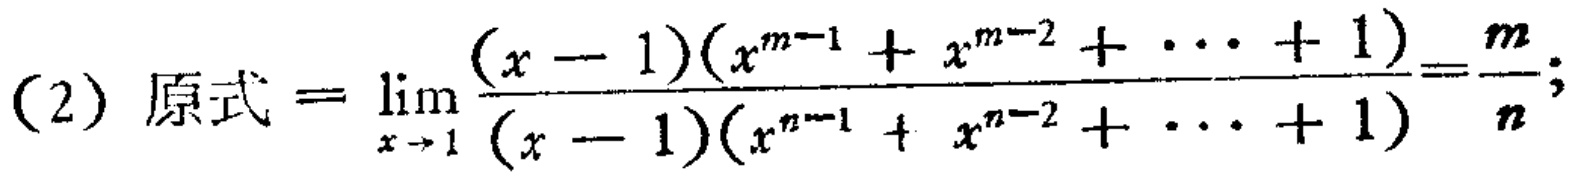
(2) 原式$=\lim_{x \to 1} \frac{(x - 1)(x^{m - 1}+x^{m - 2}+\cdots + 1)}{(x - 1)(x^{n - 1}+x^{n - 2}+\cdots + 1)}=\frac{m}{n};$